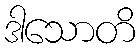
ဒါသောတိ